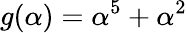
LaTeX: g(\alpha)=\alpha^{5}+\alpha^{2}